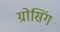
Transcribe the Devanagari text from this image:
ग्रोसिंग